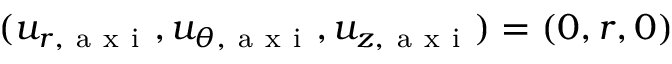
( u _ { r , \mathrm { ~ a ~ x ~ i ~ } } , u _ { \theta , \mathrm { ~ a ~ x ~ i ~ } } , u _ { z , \mathrm { ~ a ~ x ~ i ~ } } ) = ( 0 , r , 0 )